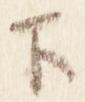
下